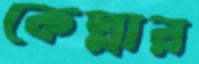
কেল্লার